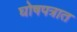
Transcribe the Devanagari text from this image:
घोषपत्रात